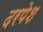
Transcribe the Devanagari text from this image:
दरपेश